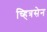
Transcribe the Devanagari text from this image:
च्हित्रसेन